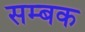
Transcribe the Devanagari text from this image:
सम्बक